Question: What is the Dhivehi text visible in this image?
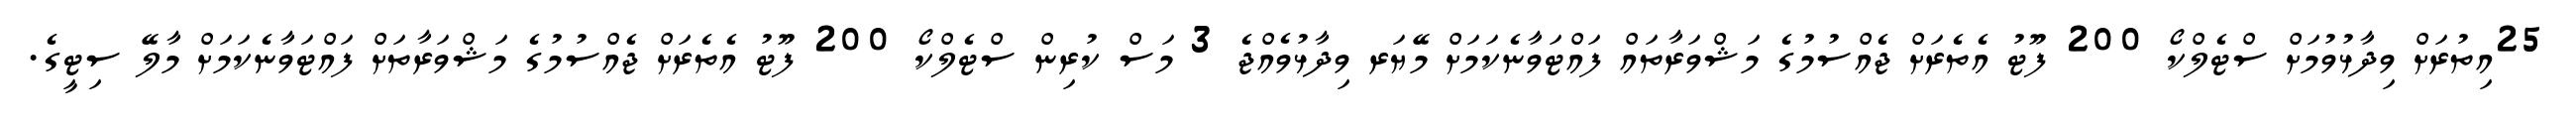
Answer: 25އިތުރަށް ވިދާޅުވުމަށް ސްޓެލްކޯ 200 ފޫޓު އެތެރަށް ޖެއްސުމުގެ މަޝްވަރާތައް ފައްޓަވާނެކަމަށް މޭޔަރ ވިދާޅުވެއްޖެ 3 މަސް ކުރިން ސްޓެލްކޯ 200 ފޫޓު އެތެރަށް ޖެއްސުމުގެ މަޝްވަރާތަށް ފައްޓަވާނެކަމަށް މާލޭ ސިޓީގެ.